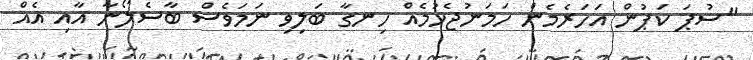
"ސުޕަ ކަޕުން އަހަރެމެން ހަމަނުޖެހުމެއް ހިނގާ ބަލިވި ނަމަވެސް ބާސެލޯނާ އާއި އެއް